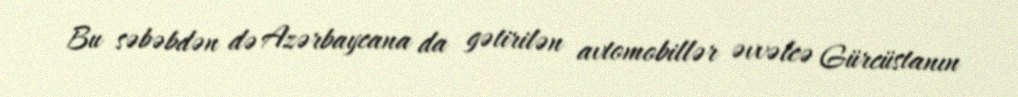
Bu səbəbdən də Azərbaycana da gətirilən avtomobillər əvvəlcə Gürcüstanın